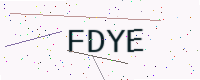
Text: FDYE